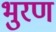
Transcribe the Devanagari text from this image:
भुरण